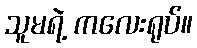
သူမရဲ့ ကလေးရုပ်။